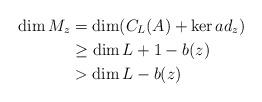
LaTeX: \begin{align*} \dim M_{z}&=\dim (C_{L}(A)+\ker ad_{z})\cr&\geq \dim L+1-b(z) \cr&> \dim L-b(z) \end{align*}